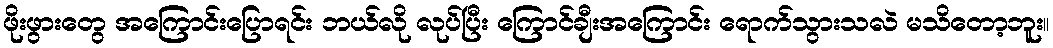
ဖိုးဖွားတွေ အကြောင်းပြောရင်း ဘယ်လို လုပ်ပြီး ကြောင်ချီးအကြောင်း ရောက်သွားသလဲ မသိတော့ဘူး။